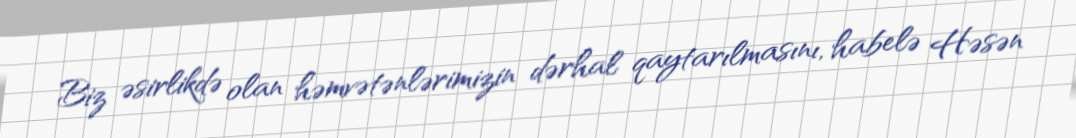
Biz əsirlikdə olan həmvətənlərimizin dərhal qaytarılmasını, habelə Həsən